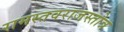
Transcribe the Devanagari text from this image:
रामस्तवराजस्तोत्र